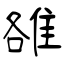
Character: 雒